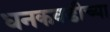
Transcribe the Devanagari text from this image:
धनकवडीच्या